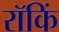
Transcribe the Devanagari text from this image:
रॉकिं